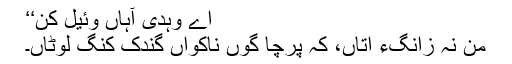
اے وہدی آہاں وئیل کن‘‘
من نہ زانگءَ اتاں، کہ پرچا گوں ناکواں گندُک کنَگ لوٹاں۔